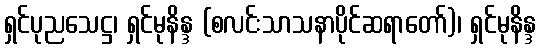
ရှင်ပုညသေဋ္ဌ၊ ရှင်မုနိန္ဒ (စလင်းသာသနာပိုင်ဆရာတော်)၊ ရှင်မုနိန္ဒ